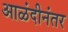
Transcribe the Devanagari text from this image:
आळंदीनंतर